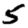
Digit: 5